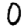
Digit: 0